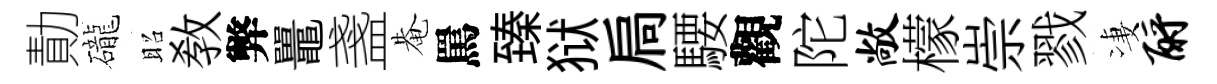
勣礲昭敎弊鼉盞𤲅罵臻狱扃騕觀陀敞檬崇戮凄酹